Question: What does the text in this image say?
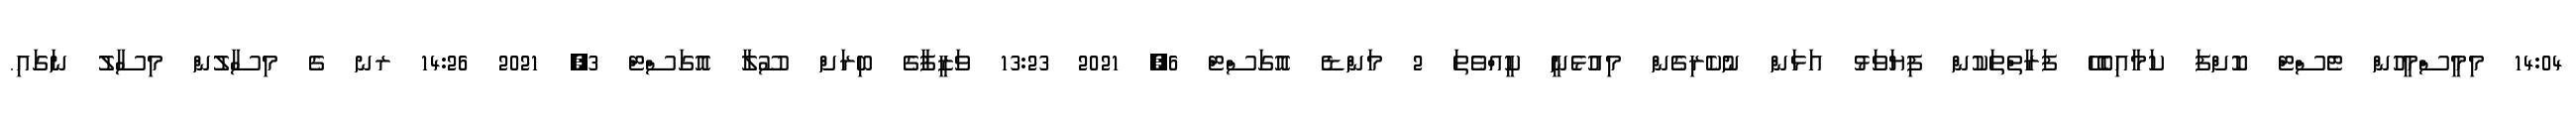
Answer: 14:04 މިމީސްމީހުން ޓެސްޓް ކޮށްފަ ކަމާއިބެހޭ ފަރާތްތަކުން ފިޔަވަޅު އަޅަން ނުކެރިގެން މިއުޅެނީ ކީއްވެތަ 2 މަންޑެ އޮގަސްޓް 6, 2021 13:23 ވަޒީފާގެ ބިރަށް ސޫލާ އޮގަސްޓް 3, 2021 14:26 ރނ ގެ މިސާލުން މިސާލު ނަގައި.